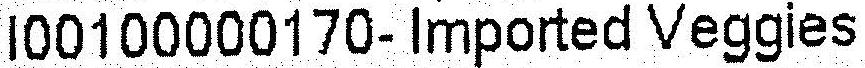
I00100000170-IMPORTED VEGGIES